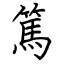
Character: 篤